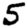
Digit: 5